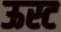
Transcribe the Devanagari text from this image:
ऊस्ट